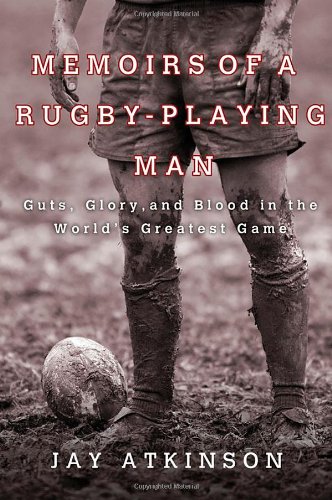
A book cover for Memoirs of a Rugby-Playing Man: Guts, Glory, and Blood in the World's Greatest Game; Jay Atkinson; Sports & Outdoors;